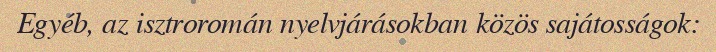
Egyéb, az isztroromán nyelvjárásokban közös sajátosságok: